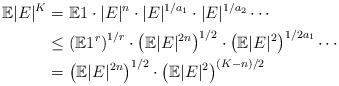
LaTeX: \begin{align*}\mathbb E |E|^{K} & = \mathbb E 1 \cdot |E|^n \cdot |E|^{1/a_1} \cdot |E|^{1/a_2} \cdots \\& \le \left(\mathbb E 1^r\right)^{1/r} \cdot \left(\mathbb E |E|^{2n} \right)^{1/2} \cdot \left(\mathbb E |E|^2\right)^{1/2a_1} \cdots \\& = \left(\mathbb E |E|^{2n} \right)^{1/2} \cdot \left(\mathbb E |E|^2\right)^{(K-n)/2} \end{align*}